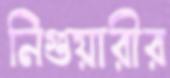
নিগুয়ারীর